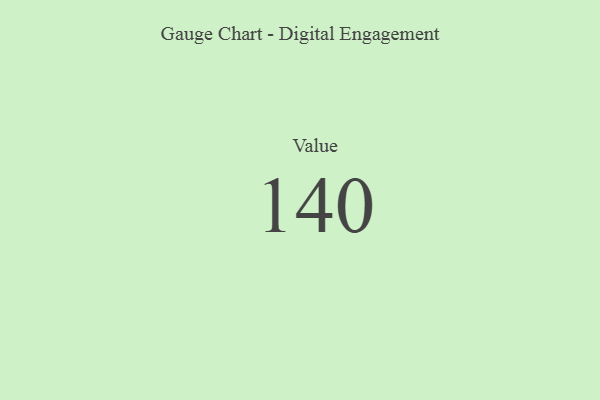
{"axis": {"x": "Metric", "y": "Value"}, "legend": [""], "data": [{"x": "Value", "y": 140, "type": ""}]}